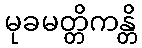
မုခမတ္တိကန္တိ